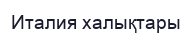
Италия халықтары